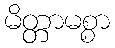
မိတ္တာမစ္စာ